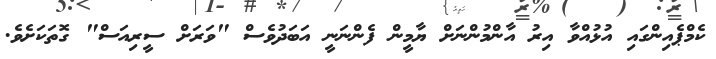
ކެމްޕެއިންގައި އުޅުއްވާ އިރު އާންމުންނަށް ޔާމީން ފެންނަނީ އަބަދުވެސް "ވަރަށް ސީރިއަސް" ގޮތަކަށެވެ.